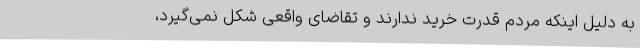
به دلیل اینکه مردم قدرت خرید ندارند و تقاضای واقعی شکل نمی‌گیرد،